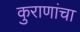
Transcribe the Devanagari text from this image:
कुराणांचा